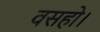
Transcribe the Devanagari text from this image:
वसहो।